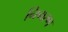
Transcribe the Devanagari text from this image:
निगरण